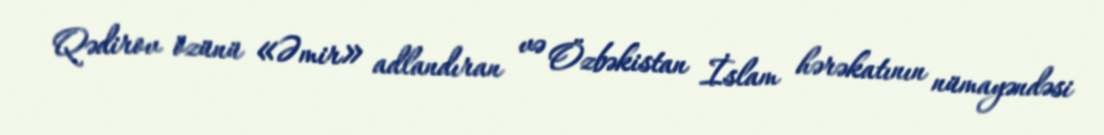
Qədirov özünü «Əmir» adlandıran və Özbəkistan İslam hərəkatının nümayəndəsi